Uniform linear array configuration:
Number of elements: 16
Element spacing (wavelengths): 0.5
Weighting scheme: blackman
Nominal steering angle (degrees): -30
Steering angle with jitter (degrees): -30.117
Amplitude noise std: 0.05
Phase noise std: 0.05

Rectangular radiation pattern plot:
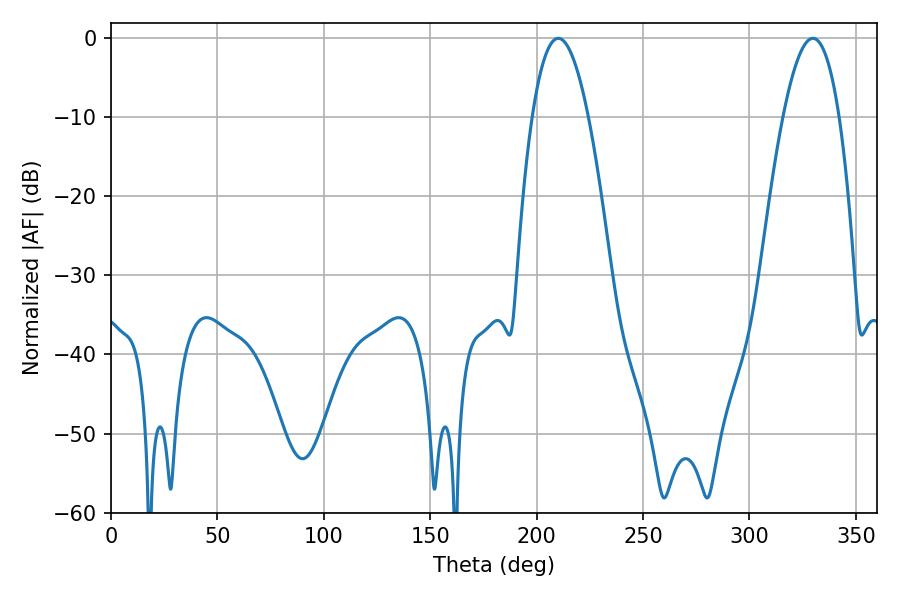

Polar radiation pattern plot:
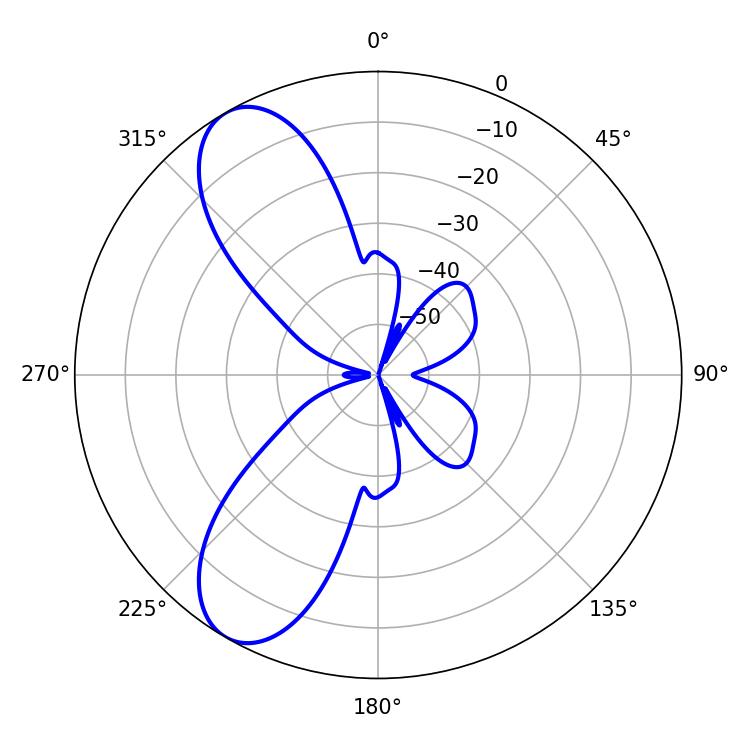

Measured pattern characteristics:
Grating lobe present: FALSE
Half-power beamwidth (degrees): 14.4
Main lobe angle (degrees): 210.24